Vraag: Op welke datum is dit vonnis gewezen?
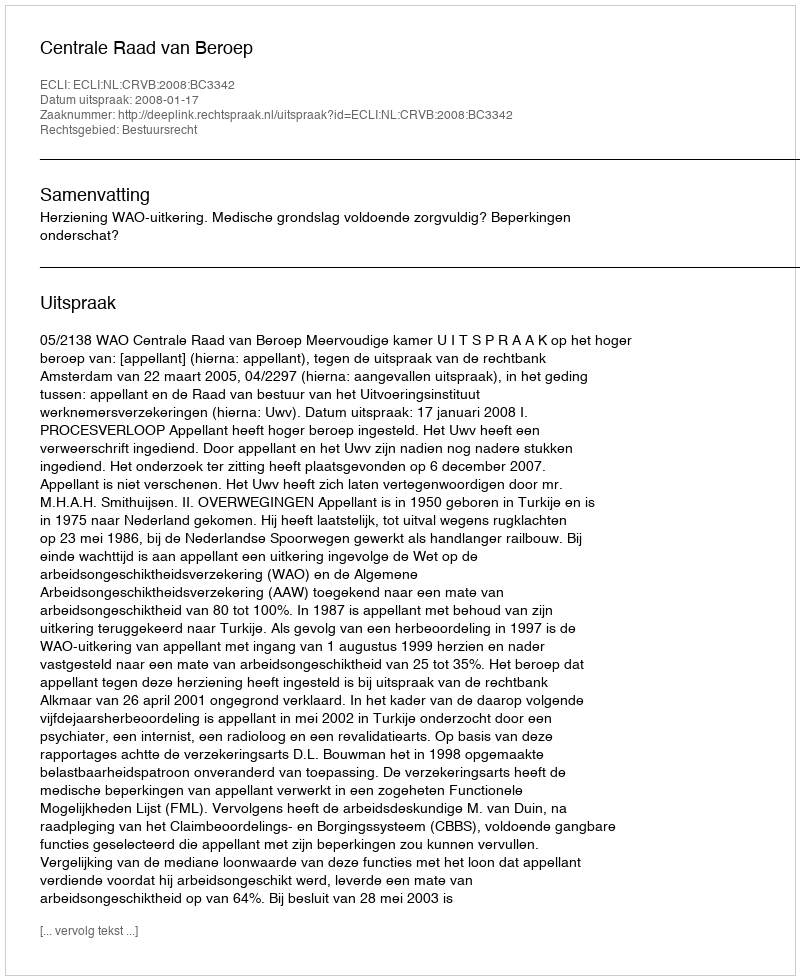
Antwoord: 2008-01-17